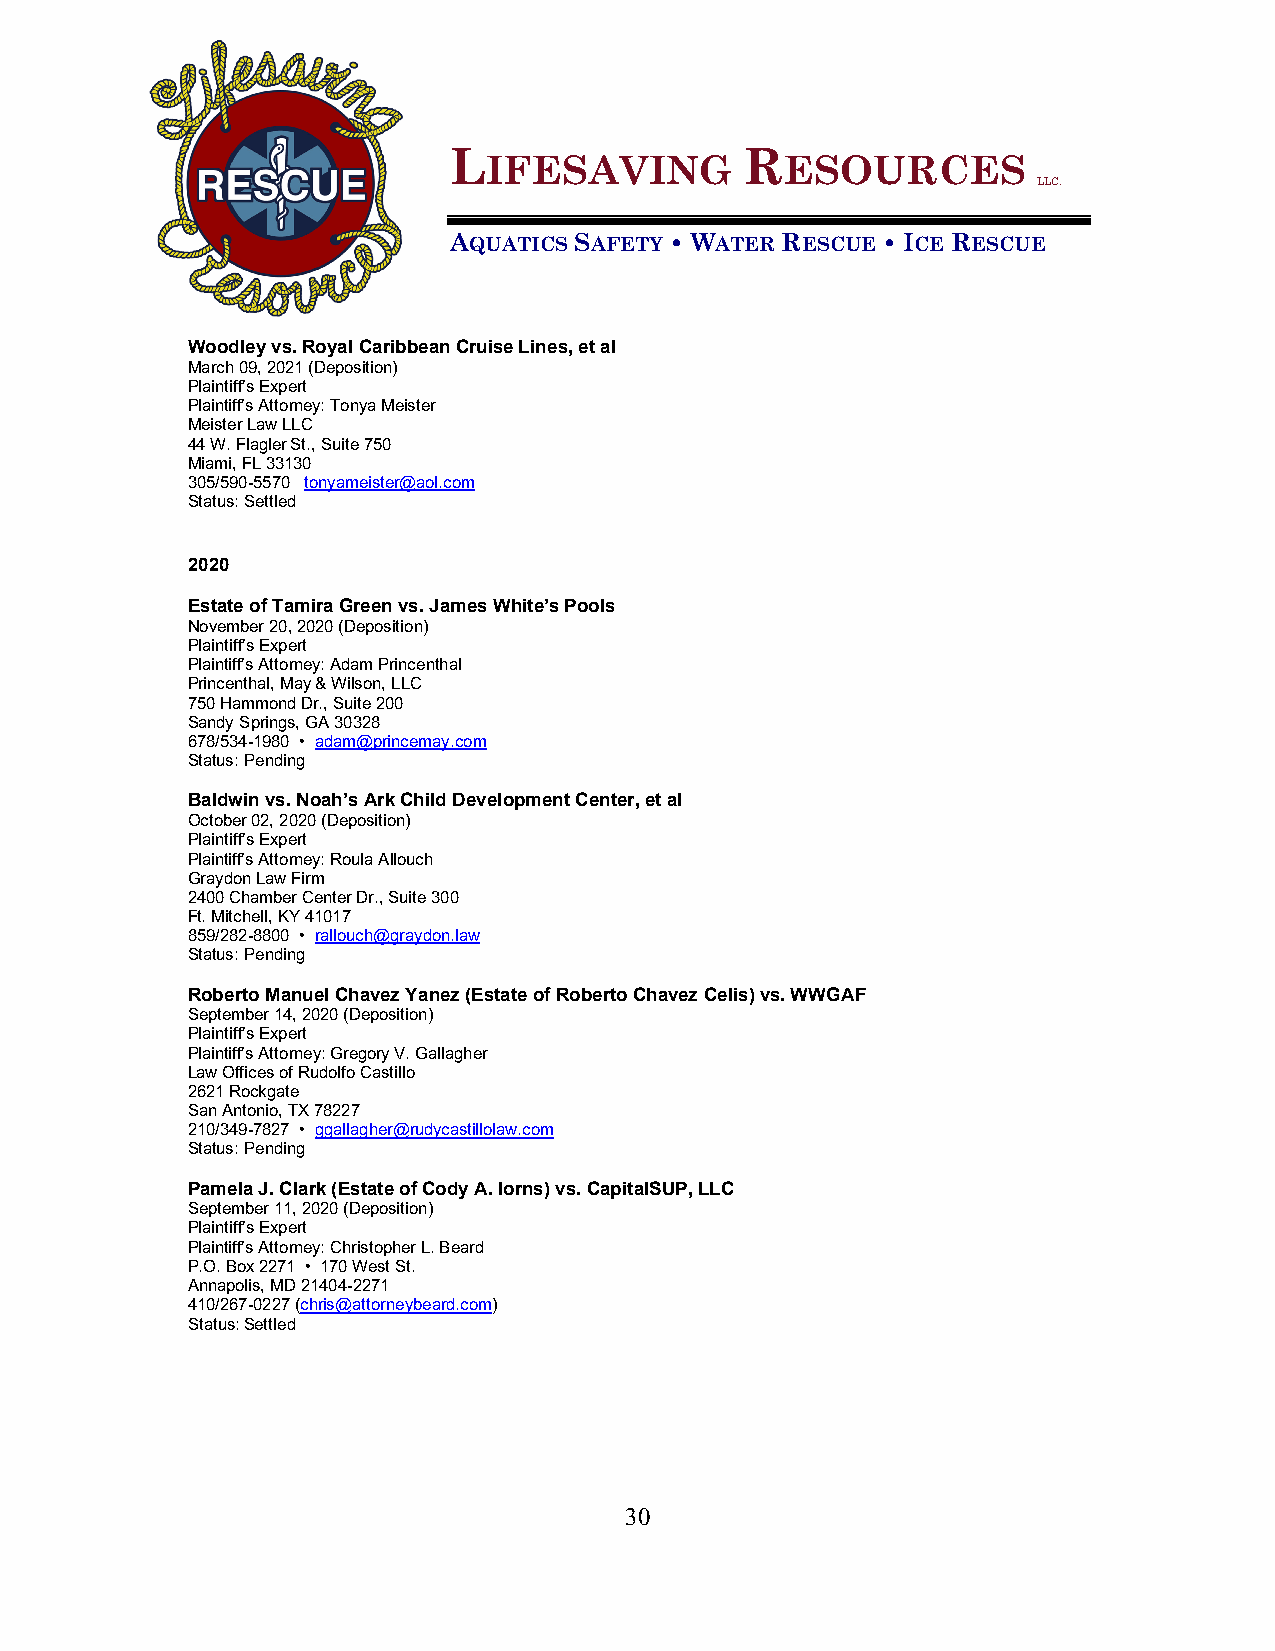
L                  R
 IFESAVING           ESOURCES
 LLC.
 AQUATICS SAFETY • WATER RESCUE • ICE RESCUE
 Woodley vs. Royal Caribbean Cruise Lines, et al
 March 09, 2021 (Deposition)
 Plaintiff’s Expert
 Plaintiff’s Attorney: Tonya Meister
 Meister Law LLC
 44 W. Flagler St., Suite 750
 Miami, FL 33130
 305/590-5570 tonyameister@aol.com
 Status: Settled
 2020
 Estate of Tamira Green vs. James White’s Pools
 November 20, 2020 (Deposition)
 Plaintiff’s Expert
 Plaintiff’s Attorney: Adam Princenthal
 Princenthal, May & Wilson, LLC
 750 Hammond Dr., Suite 200
 Sandy Springs, GA 30328
 678/534-1980 • adam@princemay.com
 Status: Pending
 Baldwin vs. Noah’s Ark Child Development Center, et al
 October 02, 2020 (Deposition)
 Plaintiff’s Expert
 Plaintiff’s Attorney: Roula Allouch
 Graydon Law Firm
 2400 Chamber Center Dr., Suite 300
 Ft. Mitchell, KY 41017
 859/282-8800 • rallouch@graydon.law
 Status: Pending
 Roberto Manuel Chavez Yanez (Estate of Roberto Chavez Celis) vs. WWGAF
 September 14, 2020 (Deposition)
 Plaintiff’s Expert
 Plaintiff’s Attorney: Gregory V. Gallagher
 Law Offices of Rudolfo Castillo
 2621 Rockgate
 San Antonio, TX 78227
 210/349-7827 • ggallagher@rudycastillolaw.com
 Status: Pending
 Pamela J. Clark (Estate of Cody A. Iorns) vs. CapitalSUP, LLC
 September 11, 2020 (Deposition)
 Plaintiff’s Expert
 Plaintiff’s Attorney: Christopher L. Beard
 P.O. Box 2271 • 170 West St.
 Annapolis, MD 21404-2271
 410/267-0227 (chris@attorneybeard.com)
 Status: Settled
 30